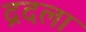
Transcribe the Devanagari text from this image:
द्रदला